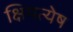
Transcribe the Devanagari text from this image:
क्षिपत्येष